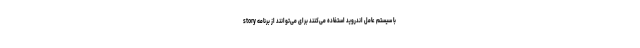
با سیستم عامل اندروید استفاده می‌کنند برای می‌توانند از برنامه story